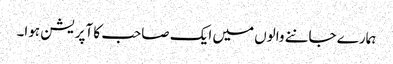
ہمارے جاننے والوں میں ایک صاحب کا آپریشن ہوا۔